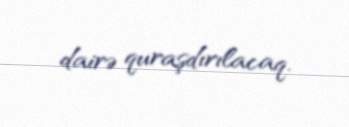
dairə quraşdırılacaq.